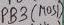
Text: PB3